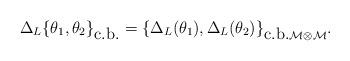
LaTeX: \begin{align*}\Delta_L\{ \theta_1 ,\theta_2\}_{\mbox{c.b.}}=\{\Delta_L (\theta_1 ),\Delta_L (\theta_2 )\}_{\mbox{c.b.} \cal{M}\otimes\cal{M}} .\end{align*}